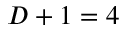
D + 1 = 4